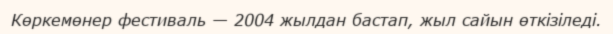
Көркемөнер фестиваль — 2004 жылдан бастап, жыл сайын өткізіледі.